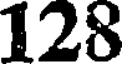
128